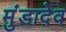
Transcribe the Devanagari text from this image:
मुंडादेव